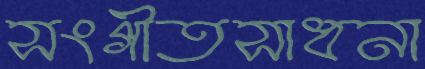
সংগীতসাধনা